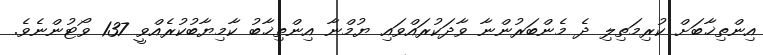
އިންތިޚާބަށް ކުރިމަތިލި ދެ މެންބަރުންނާ ވާދަކުރައްވައި ޔުމްނާ އިންތިޚާބު ކާމިޔާބުކުރެއްވީ 137 ވޯޓުންނެވެ.